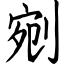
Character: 剜